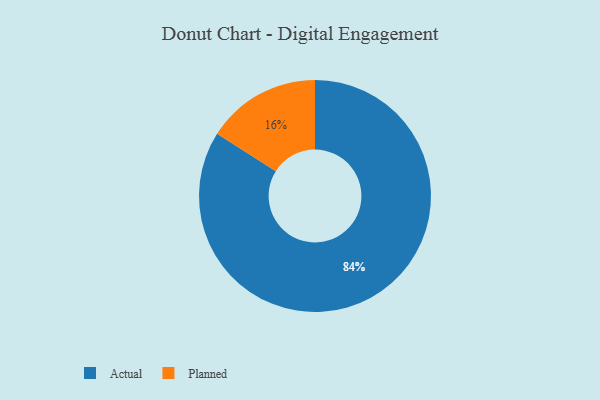
{"axis": {"x": "Category", "y": "Percentage"}, "legend": ["Actual", "Planned"], "data": [{"x": "Actual", "y": 84, "type": "Actual"}, {"x": "Planned", "y": 16, "type": "Planned"}]}